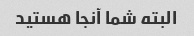
البته شما آنجا هستید